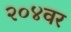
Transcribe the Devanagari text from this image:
२०४वर